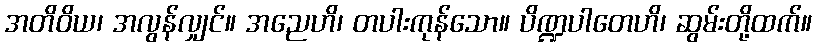
အတိဝိယ၊ အလွန်လျှင်။ အညေဟိ၊ တပါးကုန်သော။ ပိဏ္ဍပါတေဟိ၊ ဆွမ်းတို့ထက်။